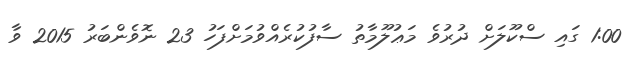
1:00 ގައި ސްކޫލަށް ދުރުވެ މަޢުލޫމާތު ސާފުކުރެއްވުމަށްފަހު 23 ނޮވެންބަރު 2015 ވާ